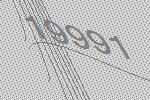
19991